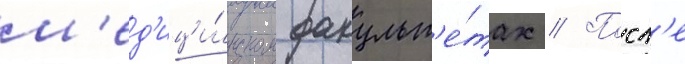
м'ед'ици́нском факульт'е́тах // Посл'е